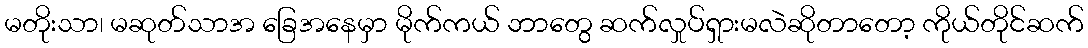
မတိုးသာ၊ မဆုတ်သာအ ခြေအနေမှာ မိုက်ကယ် ဘာတွေ ဆက်လှုပ်ရှားမလဲဆိုတာတော့ ကိုယ်တိုင်ဆက်